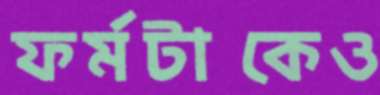
ফর্মটাকেও